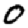
Digit: 0